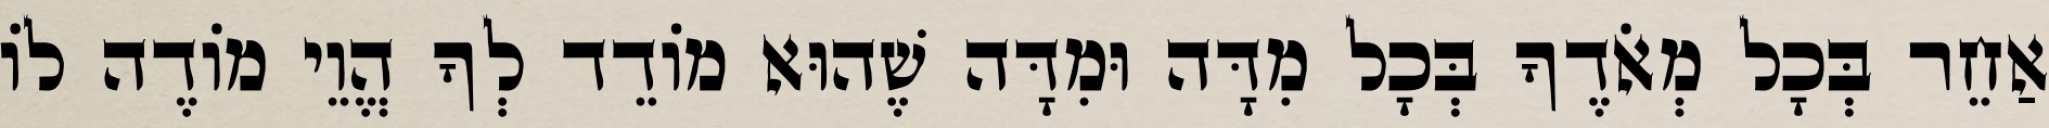
אַחֵר בְּכָל מְאֹדֶךָ בְּכָל מִדָּה וּמִדָּה שֶׁהוּא מוֹדֵד לְךָ הֱוֵי מוֹדֶה לוֹ